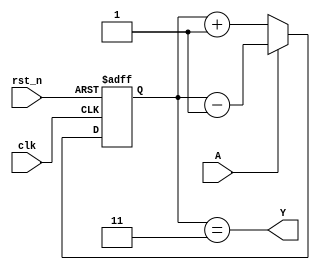
// ======================================================================
// Affiliation:			Tsinghua Univ
// Module Name:			seq_circuit
// Description:			sequence logic
// Additional Comments:	VL21 on nowcoder
// ======================================================================

`timescale 1ns/1ns

module seq_circuit (
	input	wire				rst_n,
	input	wire				clk,
	input	wire				A,
	output	wire				Y
);

reg		[1: 0]		Q_reg;

assign	Y  =  (Q_reg == 2'b11);

always @(posedge clk or negedge rst_n) begin
	if (~rst_n) begin
		Q_reg <= 2'b00;
	end
	else begin
		if (A == 1'b0) begin
			Q_reg <= Q_reg + 2'd1;
		end
		else begin
			Q_reg <= Q_reg - 2'd1;
		end
	end
end

endmodule